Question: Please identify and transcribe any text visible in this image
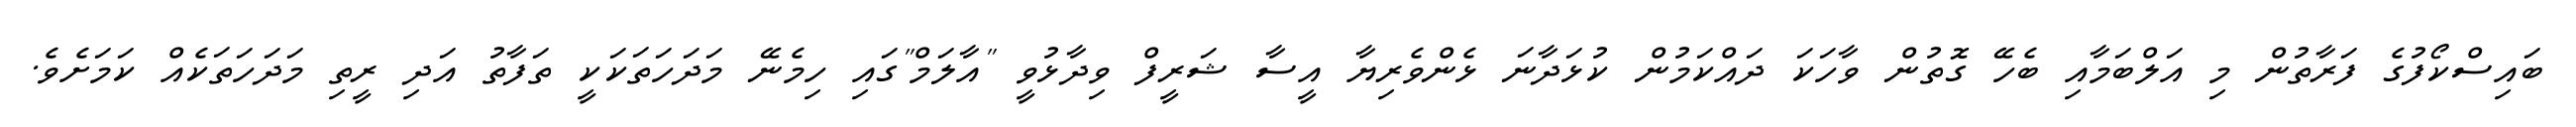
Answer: ބައިސްކޯފުގެ ފަރާތުން މި އަލްބަމާއި ބެހޭ ގޮތުން ވާހަކަ ދައްކަމުން ކުޅަދާނަ ޅެންވެރިޔާ އީސާ ޝަރީފް ވިދާޅުވީ "އާލަމް"ގައި ހިމެނޭ މަދަހަތަކަކީ ތަފާތު އަދި ރީތި މަދަހަތަކެއް ކަމަށެވެ.